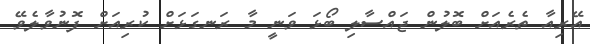
އޭރިއާ ތެރެއަށް ބޮލުން ޖައްސާލި ބޯޅަ ވަނީ މާ ރަނގަޅަށް ކުރިއަށް ފޮނުވާލެވޭ